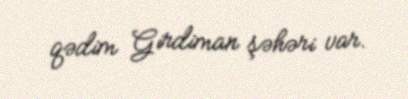
qədim Girdiman şəhəri var.